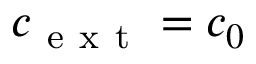
c _ { \mathrm { ~ e ~ x ~ t ~ } } = c _ { 0 }